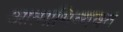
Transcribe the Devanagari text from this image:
आत्माभिव्यक्त